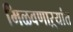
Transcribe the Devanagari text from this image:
मिळवणाऱ्यांत